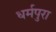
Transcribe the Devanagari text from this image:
धर्मपुरा